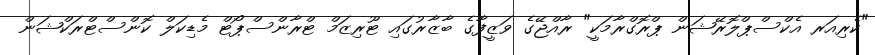
"ކެރިއަރ އެކްސްޕްލޮރޭޝަން ޕްރޮގްރާމަކީ" ރާއްޖޭގެ ވަޒީފާގެ ބާޒާރުގައި ޓޫރިޒަމް ޓްރާންސްޕޯޓް މެޑިކަލް ކޮންސްޓްރަކްޝަން